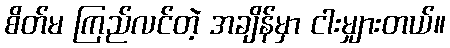
စိတ်မ ကြည်လင်တဲ့ အချိန်မှာ ငါးမျှားတယ်။